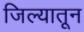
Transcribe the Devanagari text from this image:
जिल्यातून